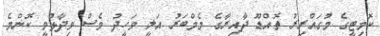
ކޮމިޓީގެ މުގައްރިރު ތޮއްޑޫ ދާއިރާގެ މެމްބަރު އަލީ ވަހީދު ވެސް ވިދާޅުވީ ކޮންމެ